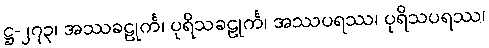
ဋ္ဌ-၂၇၃၊ အဿခဠုင်္က၊ ပုရိသခဠုင်္က၊ အဿပရဿ၊ ပုရိသပရဿ၊